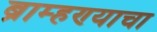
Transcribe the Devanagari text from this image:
ब्राम्हण्याचा